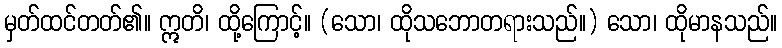
မှတ်ထင်တတ်၏။ ဣတိ၊ ထို့ကြောင့်။ (သော၊ ထိုသဘောတရားသည်။) သော၊ ထိုမာနသည်။